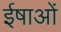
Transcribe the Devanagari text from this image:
ईषाओं